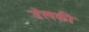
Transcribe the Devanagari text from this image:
डेलकी